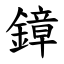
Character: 鏱